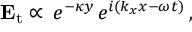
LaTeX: \mathbf { E } _ { \mathrm { t } } \propto \, e ^ { - \kappa y \, } e ^ { i ( k _ { x } x - \omega t ) } \, ,